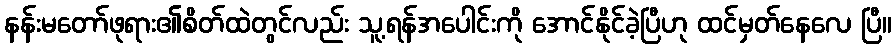
နန်းမတော်ဖုရား၏စိတ်ထဲတွင်လည်း သူ့ရန်အပေါင်းကို အောင်နိုင်ခဲ့ပြီဟု ထင်မှတ်နေလေ ပြီ။